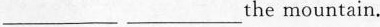
___ ___ the mountain.